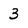
Character: 3